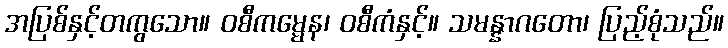
အပြစ်နှင့်တကွသော။ ဝစီကမ္မေန၊ ဝစီကံနှင့်။ သမန္နာဂတော၊ ပြည့်စုံသည်။